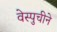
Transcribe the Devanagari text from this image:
वेस्पुचीने